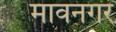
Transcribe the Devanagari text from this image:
मावनगर